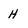
Character: H